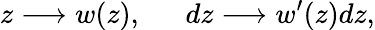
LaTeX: z\longrightarrow w(z),~~~~~~dz\longrightarrow w^{\prime}(z)dz,